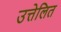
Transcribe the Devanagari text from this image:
उत्तेलित